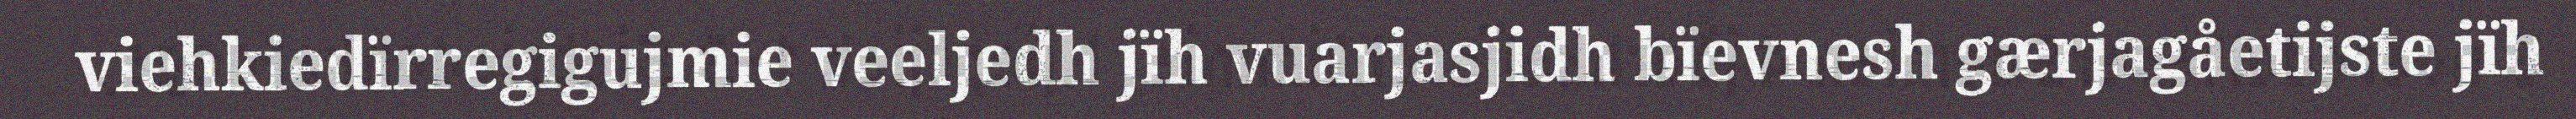
viehkiedïrregigujmie veeljedh jïh vuarjasjidh bïevnesh gærjagåetijste jïh